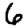
Digit: 6